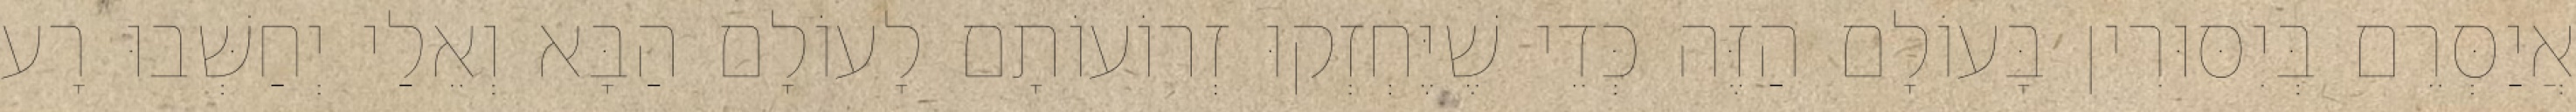
אֲיַסְּרֵם בְּיִסּוּרִין בָּעוֹלָם הַזֶּה כְּדֵי שֶׁיֶּחְזְקוּ זְרוֹעוֹתָם לָעוֹלָם הַבָּא וְאֵלַי יְחַשְּׁבוּ רָע